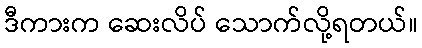
ဒီကားက ဆေးလိပ် သောက်လို့ရတယ်။